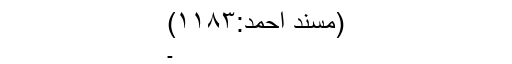
(مسند احمد:۱۱۸۳)
۔